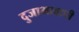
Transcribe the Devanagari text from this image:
दुजाभावाची